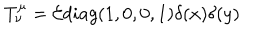
LaTeX: T _ { \nu } ^ { \mu } = { \cal E } d i a g ( 1 , 0 , 0 , 1 ) \delta ( x ) \delta ( y )